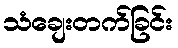
သံချေးတက်ခြင်း